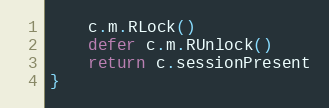
Language: Go
	c.m.RLock()
	defer c.m.RUnlock()
	return c.sessionPresent
}